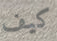
كيف